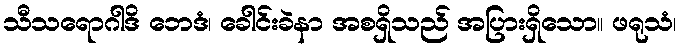
သီသရောဂါဒိ ဘေဒံ၊ ခေါင်းခဲနာ အစရှိသည် အပြားရှိသော။ ဖရုသံ၊